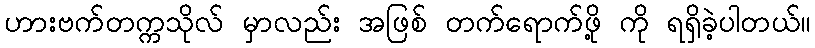
ဟားဗက်တက္ကသိုလ် မှာလည်း အဖြစ် တက်ရောက်ဖို့ ကို ရရှိခဲ့ပါတယ်။